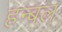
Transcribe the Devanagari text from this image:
हन्बल